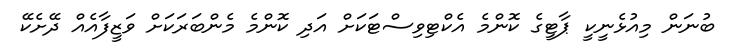
ބުނަން މިއުޅެނީކީ ޕާޓީގެ ކޮންމެ އެކްޓިވިސްޓަކަށް އަދި ކޮންމެ މެންބަރަކަށް ވަޒީފާއެއް ދޭށެކޭ